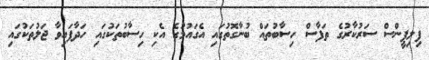
ފިލިޕީންސް ސަރުކާރުގެ ތަފާސް ހިސާބުތައް ބުނާގޮތުގައި އެގައުމުގެ އެކި ހިސާބުތަކުގައި ހަދާފައިވާ ޖަލުތަކުގައި